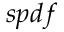
s p d f